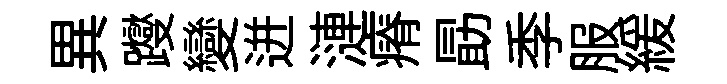
異躞變迸漣瘠勗季服緩